system: You are a helpful assistant.
user:
Analyze the provided spectrum to determine if it is a **M-type Giant (gM)**.

A M-type Giant spectrum is defined by its **strong molecular absorption** features, particularly from **Titanium Oxide (TiO)**. You must check for one of the following mutually exclusive signatures:

- **Key Visual Indicators (Absorption-Dominated Spectrum):**

    - **(Primary):** The spectrum is dominated by strong molecular absorption from **Titanium Oxide (TiO)**. This is the **defining feature** of its M-type temperature class.
        - **(Key Bandheads):** Look for sharp, "saw-tooth" absorption valleys. The strongest are located near **~7050 Å**, **~6160 Å**, and **~5170 Å**.
        - **(Line Profile):** The "saw-tooth" morphology is critical: a **sharp, steep drop on the BLUE (short-wavelength) side** of the bandhead, followed by a gradual recovery (rising flux) towards the RED (long-wavelength) side.

    - **(Key Confirmation - Giant vs. Dwarf):** **ABSENCE** of strong **Calcium Hydride (CaH)** molecular bands. This is the primary diagnostic for *excluding* M-dwarfs.
        - **(Key Region):** The spectrum should lack the strong, broad absorption band seen in dwarfs between **~6800 Å and ~7000 Å**.

    - **(Secondary Confirmation - Giant):** A very strong and broad **Neutral Calcium (Ca I)** atomic absorption line.
        - **(Key Line):** Located at **~4226 Å**. In a giant (gM), this line is significantly deeper and broader than the same line in an M-dwarf (dM) due to low surface gravity.

    - **(Overall Spectrum):**
        - The continuum is **extremely red-sloping** (i.e., flux is very low in the blue and rises dramatically towards the red).
        - The entire spectrum appears "chopped up" by the deep TiO bands.

Think first, call **spectral_visualization_tool** if needed to examine features in detail, then provide your final answer. Your response must adhere to the following strict rules:
1.  **Overall Structure:** Your response must follow the format `<think>...</think> <tool_call>...</tool_call> (if a tool is used) <answer>...</answer>`.
2.  **Tool Usage Constraint:** You may only make **one** tool call per turn.
3.  **Final Answer Format:** In the `<answer>` tag, your conclusion must be inside a `\boxed{}` command (e.g., `\boxed{YES}` or `\boxed{NO}`), followed by your justification.

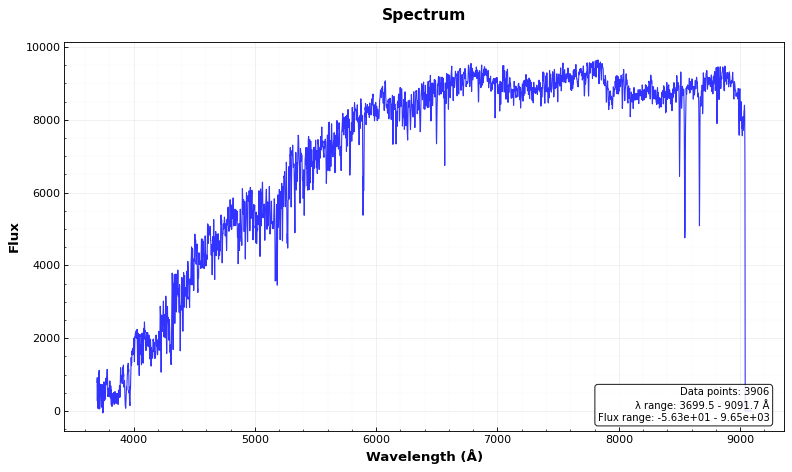
Answer: NO